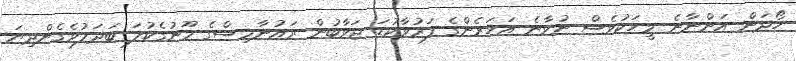
ހޯދަން އަންނާނެ މީހަކުވެސް ނުވާނެ އަހަރެންގެ ފަރުވާކުޑަ ޖަވާބުން ރައުނާމިސްގެ މޫނުގެކުލަ ބަދަލުވެެގެންދިޔަ